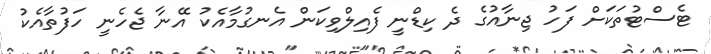
ޓެސްޓުތަކަށް ފަހު ޖިނާއުގެ ދެ ކިޑްނީ ފެއިލްވިކަން އެނގުމާއެކު އޭނާ ޖެހެނީ ހަފުތާއެކު